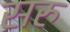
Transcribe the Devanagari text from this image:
सरु